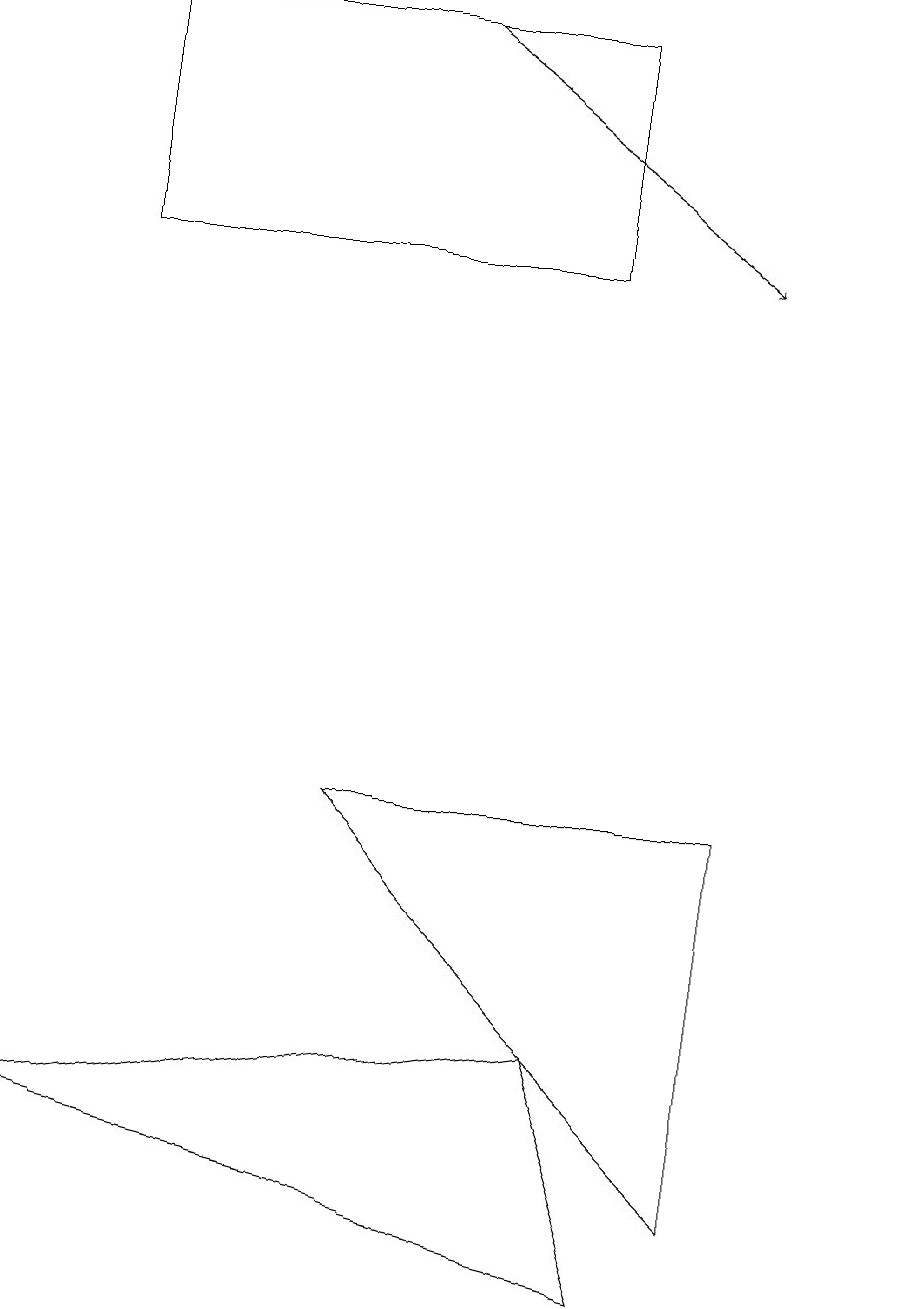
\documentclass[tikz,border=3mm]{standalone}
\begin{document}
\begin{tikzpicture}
\draw (11,10) circle (0);
\draw[->] (5,16) -- (9,13);
\draw (9,6) -- (4,6) -- (9,1) -- cycle;
\draw (8,0) -- (7,3) -- (0,2) -- cycle;
\draw (1,13) rectangle (7,16);
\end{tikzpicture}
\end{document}